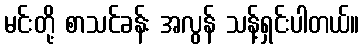
မင်းတို့ စာသင်ခန်း အလွန် သန့်ရှင်းပါတယ်။